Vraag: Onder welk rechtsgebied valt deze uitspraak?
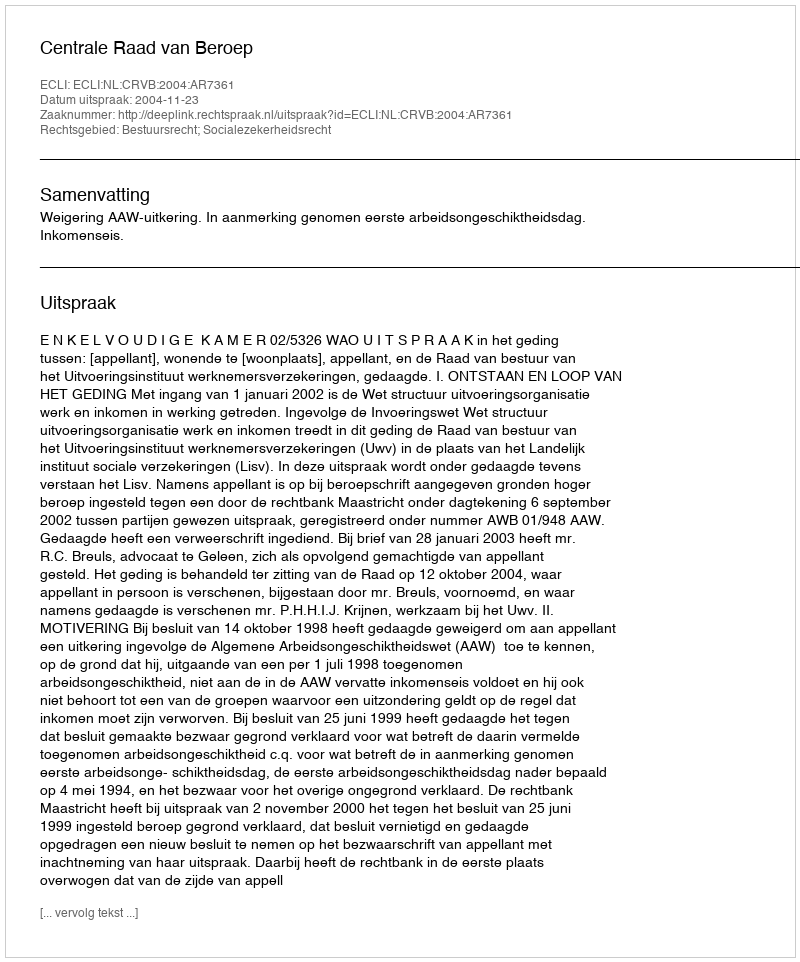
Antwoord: Bestuursrecht; Socialezekerheidsrecht